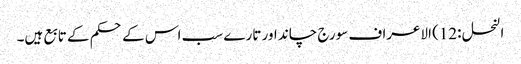
النحل :12) الاعراف سورج چاند اور تارے سب اس کے حکم کے تابع ہیں۔